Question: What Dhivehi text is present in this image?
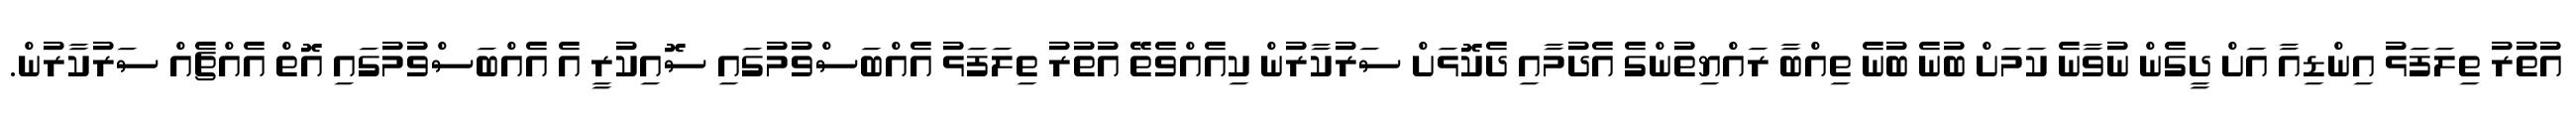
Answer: އުތުރު ތިލަފަޅު އިންޑިއާ އަށް ދީގެން ނުވާނެ ކަމަށް ބުނެ ބުނެ ތިއްބާ ރައްޔިތުންގެ އެދުމާއި ދެކޮޅަށް ސަރުކާރުން ކިއެއްވެތޭ އުތުރު ތިލަފަޅު އެއްބަސްވުމުގައި ސޮއިކުރީ އެ އެއްބަސްވުމުގައި އޮތް އެއްޗެއް ސަރުކާރުން.